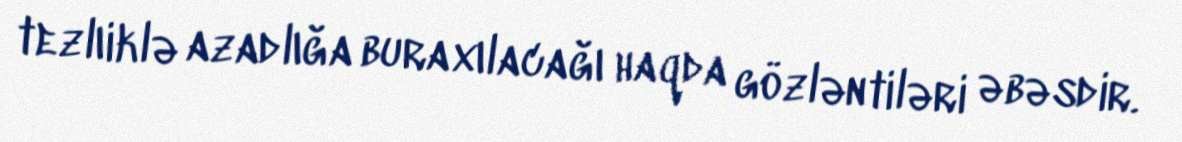
tezlıiklə azadlığa buraxılacağı haqda gözləntiləri əbəsdir.